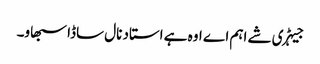
جیہڑی شے اہم اے اوہ ہے استاد نال ساڈا سبھاو۔